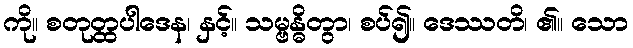
ကို။ စတုတ္ထပါဒေန၊ နှင့်။ သမ္ဗန္ဓိတွာ၊ စပ်၍။ ဒေဿတိ၊ ၏။ သော